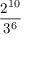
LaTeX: \frac { 2 ^ { 1 0 } } { 3 ^ { 6 } }